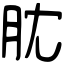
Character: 䏙